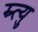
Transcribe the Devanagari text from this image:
म्र्त्यु